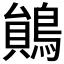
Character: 𪃰